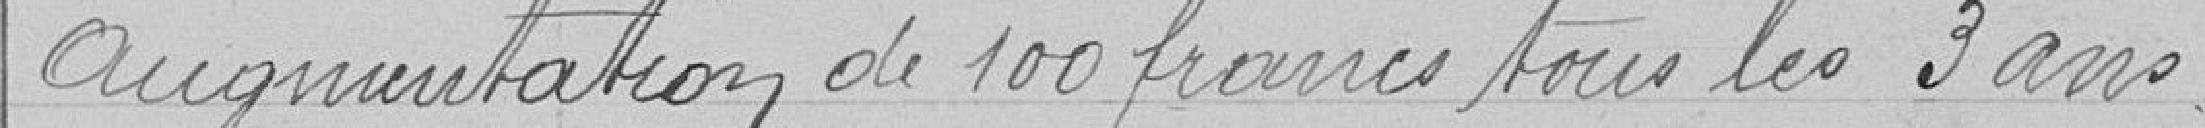
augmentation de 100 francs tous les 3 ans